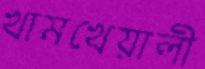
খামখেয়ালী